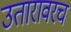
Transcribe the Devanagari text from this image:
उतारावरच